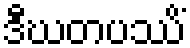
ဒီဃတပဿိံ